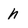
Character: n